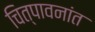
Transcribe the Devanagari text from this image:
चित्पावनांत